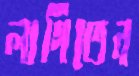
লাগিতেন